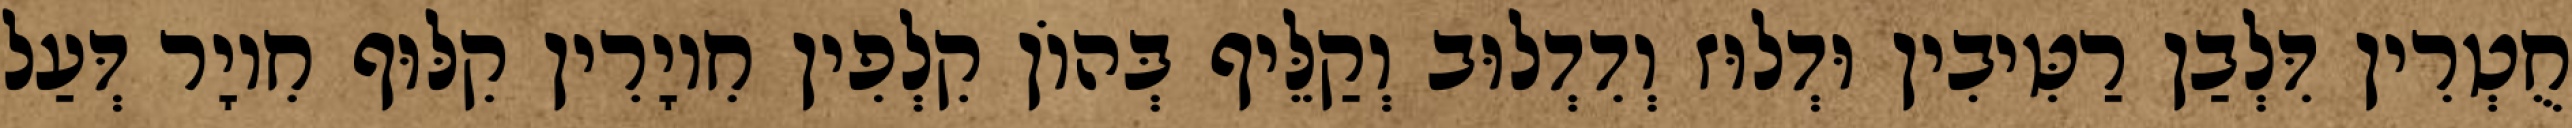
חֻטְרִין דִּלְבַן רַטִּיבִין וּדְלוּז וְדִדְלוּב וְקַלֵּיף בְּהוֹן קִלְפִין חִיוָרִין קִלּוּף חִיוָר דְּעַל